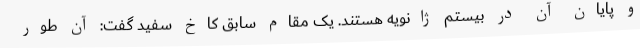
و پایان آن در بیستم ژانویه هستند. یک مقام سابق کاخ سفید گفت: آن طور